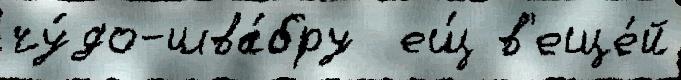
чу́до-шва́бру  ещ́ в'еще́й